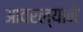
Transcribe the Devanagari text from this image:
आवरल्याने